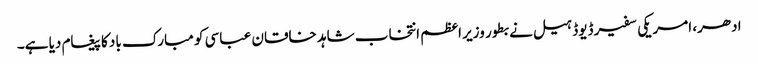
ادھر، امریکی سفیر ڈیوڈ ہیل نے بطور وزیر اعظم انتخاب شاہد خاقان عباسی کو مبارک باد کا پیغام دیا ہے۔